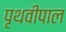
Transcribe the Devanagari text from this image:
पृथवीपाल